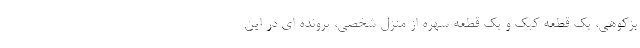
بزکوهی، یک قطعه کبک و یک قطعه سهره از منزل شخصی، پرونده ای در این